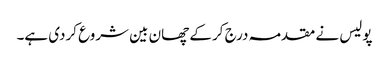
پولیس نے مقدمہ درج کر کے چھان بین شروع کردی ہے۔